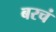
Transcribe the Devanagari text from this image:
बरचं